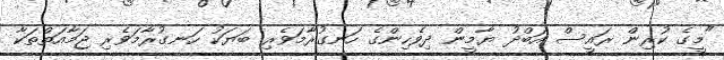
"މީގެ ކުރިން ރައީސް އަބްދު ޔާމީން ދިވެހިންގެ ހަނގުރާމަވެރި ބަޔަކު ހަނގުރާމަވެރި ޖަމާއަތްތަކާ